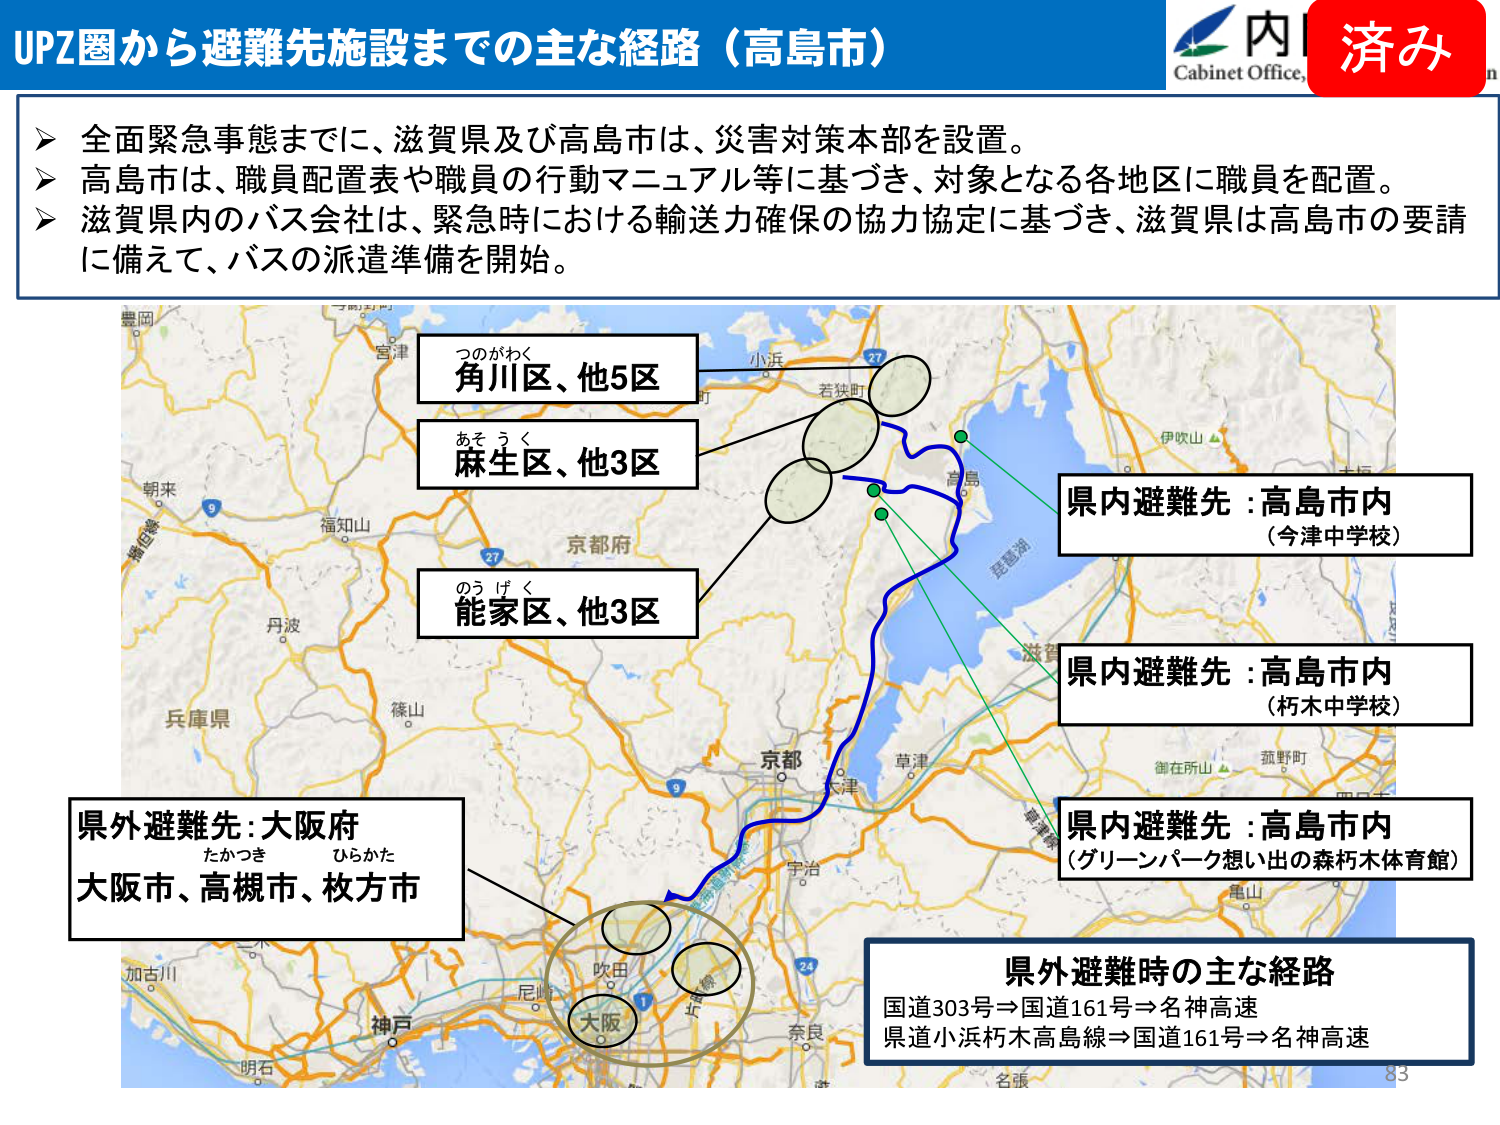
UPZ圏から避難先施設までの主な経路（高島市）

内
Cabinet Office,
済み

▶ 全面緊急事態までに、滋賀県及び高島市は、災害対策本部を設置。
▶ 高島市は、職員配置表や職員の行動マニュアル等に基づき、対象となる各地区に職員を配置。
▶ 滋賀県内のバス会社は、緊急時における輸送力確保の協力協定に基づき、滋賀県は高島市の要請に備えて、バスの派遣準備を開始。

つのがわく
角川区、他5区

あそうく
麻生区、他3区

のうげく
能家区、他3区

県内避難先：高島市内
（今津中学校）

県内避難先：高島市内
（朽木中学校）

県内避難先：高島市内
（グリーンパーク想い出の森朽木体育館）

県外避難先：大阪府
たかつき ひらかた
大阪市、高槻市、枚方市

県外避難時の主な経路
国道303号⇒国道161号⇒名神高速
県道小浜朽木高島線⇒国道161号⇒名神高速

83